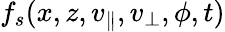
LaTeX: f_{s}(x,z,v_{\parallel},v_{\perp},\phi,t)